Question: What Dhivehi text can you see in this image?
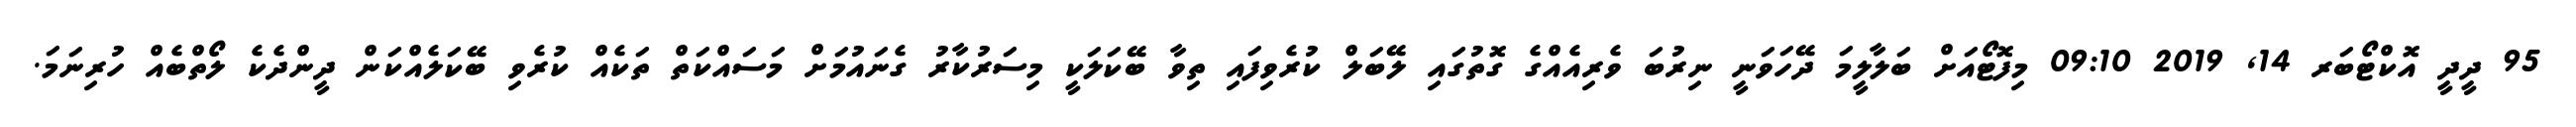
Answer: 95 ދީދީ އޮކްޓޯބަރ 14, 2019 09:10 މިފޮޓޯއަށް ބަލާލީމަ ދޭހަވަނީ ނިރުބަ ވެރިއެއްގެ ގޮތުގައި ލޭބަލް ކުރެވިފައި ތިވާ ބޭކަލަކީ މިސަރުކާރު ގެނައުމަށް މަސައްކަތް ތަކެއް ކުރެވި ބޭކަލެއްކަން ދީންދެކެ ލޯތްބެއް ހުރިނަމަ.